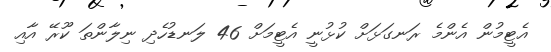
އެޓީމުން އެންމެ ރަނގަޅަށް ކުޅުނީ އެޓީމަށް 46 ލަނޑުހެދި ނިލާންތަ ކޫރޭ އާއި